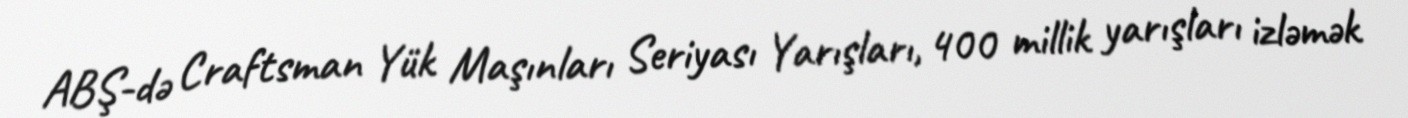
ABŞ-də Craftsman Yük Maşınları Seriyası Yarışları, 400 millik yarışları izləmək